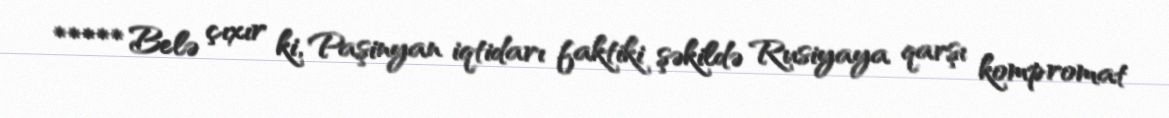
***** Belə çıxır ki, Paşinyan iqtidarı faktiki şəkildə Rusiyaya qarşı kompromat